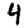
Digit: 4